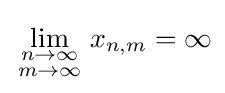
\lim _{\begin{smallmatrix}n\to \infty \\m\to \infty \end{smallmatrix}}x_{n,m}=\infty